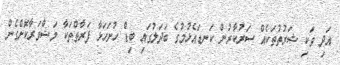
އަދި ވަކި ޝަރުތުތަކެއް ސަރުކާރުން ކަނޑައެޅުމުގެ ބަދަލުގައި ބިޑް ހުށަހަޅާ ފަރާތްތަކާ މަޝްވަރާކޮށްގެން